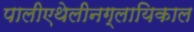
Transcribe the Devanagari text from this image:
पालीएथेलीनग्लायिकाल